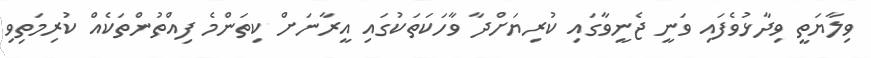
ވިލާޔަތީ ވިދާޅުވެފައި ވަނީ ޖެނީވާގައި ކުރިޔަށްދާ ވާހަކަތަކުގައި އީރާނަށް ކިތަންމެ ފިއްތުންތަކެއް ކުރިމަތިވި